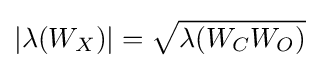
|\lambda (W_{X})|={\sqrt {\lambda (W_{C}W_{O})}}